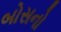
બોસનો